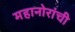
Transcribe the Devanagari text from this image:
महानोरांची